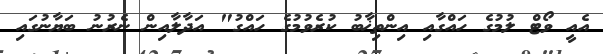
އެއީ ވޯޓް ލުމުގެ ހައްގާއި އިންތިޚާބު ކުރެވުމުގެ ހައްގު" އަދާލާއިން ނެރުނު ބަޔާނުގައި